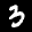
Label: 3